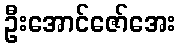
ဦးအောင်ဇော်အေး